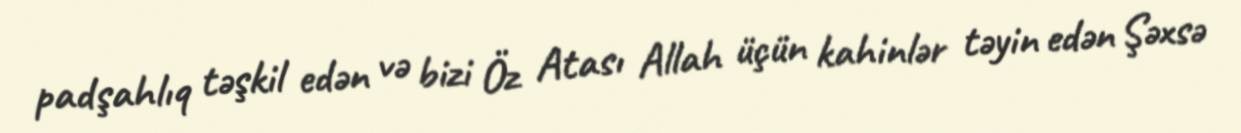
padşahlıq təşkil edən və bizi Öz Atası Allah üçün kahinlər təyin edən Şəxsə